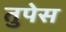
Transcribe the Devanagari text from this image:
तुपेस